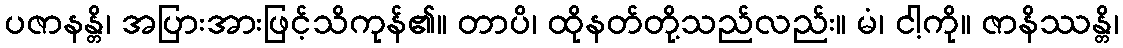
ပဇာနန္တိ၊ အပြားအားဖြင့်သိကုန်၏။ တာပိ၊ ထိုနတ်တို့သည်လည်း။ မံ၊ ငါ့ကို။ ဇာနိဿန္တိ၊